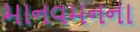
માનવમનના